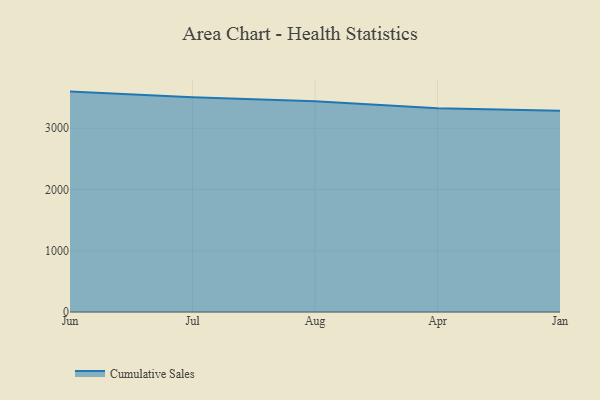
{"axis": {"x": "Month", "y": "Market Share (%)"}, "legend": ["Cumulative Sales"], "data": [{"x": "Jun", "y": 3598.0, "type": "Cumulative Sales"}, {"x": "Jul", "y": 3505.0, "type": "Cumulative Sales"}, {"x": "Aug", "y": 3440.7, "type": "Cumulative Sales"}, {"x": "Apr", "y": 3325.1, "type": "Cumulative Sales"}, {"x": "Jan", "y": 3284.3, "type": "Cumulative Sales"}]}